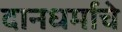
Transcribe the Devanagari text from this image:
दानधर्माचे